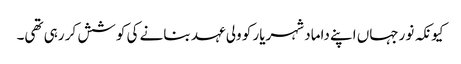
کیونکہ نورجہاں اپنے داماد شہریار کو ولی عہد بنانے کی کوشش کر رہی تھی۔